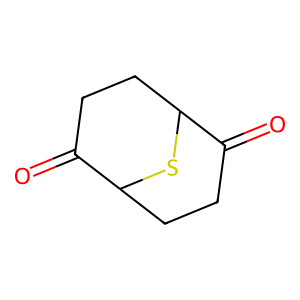
SMILES: O=C1CCC2SC1CCC2=O
Inhibits HIV replication: No